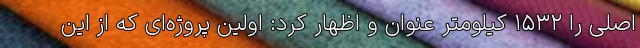
اصلی را ۱۵۳۲ کیلومتر عنوان و اظهار کرد: اولین پروژه‌ای که از این